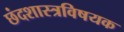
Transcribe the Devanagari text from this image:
छंदशास्त्रविषयक